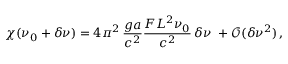
\chi ( \nu _ { 0 } + \delta \nu ) = 4 \pi ^ { 2 } \, \frac { g a } { c ^ { 2 } } \frac { F L ^ { 2 } \nu _ { 0 } } { c ^ { 2 } } \, \delta \nu \, \, + \mathcal { O } ( \delta \nu ^ { 2 } ) \, ,